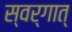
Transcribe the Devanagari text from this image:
स्वर्गात्